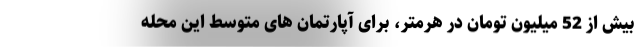
بیش از 52 میلیون تومان در هرمتر، برای آپارتمان های متوسط این محله